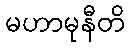
မဟာမုနီတိ